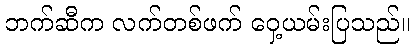
ဘက်ဆီက လက်တစ်ဖက် ဝှေ့ယမ်းပြသည်။